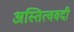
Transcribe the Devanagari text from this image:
अस्तित्ववदी